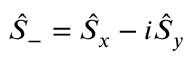
\hat { S } _ { - } = \hat { S } _ { x } - i \hat { S } _ { y }